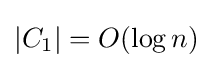
|C_{1}|=O(\log n)